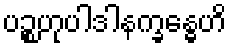
ပဉ္စဟုပါဒါနက္ခန္ဓေဟိ